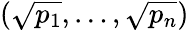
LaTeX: ({\sqrt{p_{1}}},\ldots,{\sqrt{p_{n}}})